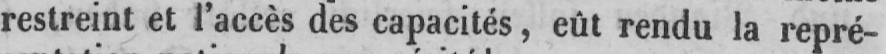
restreint et l’accès des capacités, eût rendu la repré-